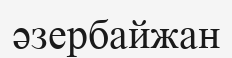
әзербайжан